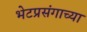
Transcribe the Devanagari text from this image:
भेटप्रसंगाच्या